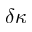
\delta \kappa